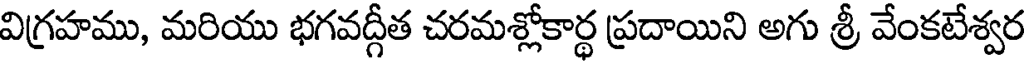
విగ్రహము, మరియు భగవద్గీత చరమశ్లోకార్థ ప్రదాయిని అగు శ్రీ వేంకటేశ్వర